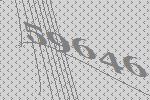
59646